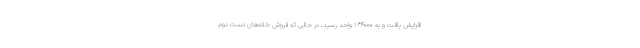
افزایش یافت و به ۱۶۴۰۰۰ واحد رسید، در حالی که فروش خانه‌های دست دوم